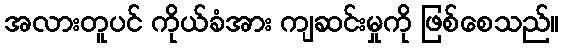
အလားတူပင် ကိုယ်ခံအား ကျဆင်းမှုကို ဖြစ်စေသည်။